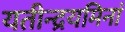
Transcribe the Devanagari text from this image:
यतीन्द्रयमिनां